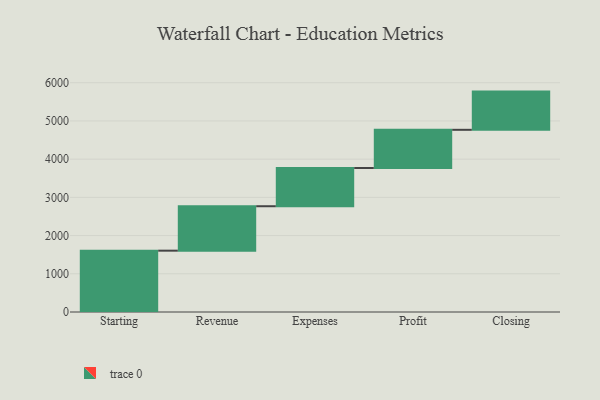
{"axis": {"x": "Step", "y": "Value"}, "legend": [""], "data": [{"x": "Starting", "y": 1605.0, "type": ""}, {"x": "Revenue", "y": 1163.0, "type": ""}, {"x": "Expenses", "y": 1000, "type": ""}, {"x": "Profit", "y": 1000, "type": ""}, {"x": "Closing", "y": 1000, "type": ""}]}